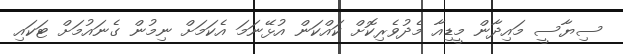
ސިޔާސީ މައިދާން މީޑިއާ މެދުވެރިކޮށް ކައްކަން އުޅޭނަމަ އެކަމަށް ނިމުން ގެނައުމަށް ޓަކައި